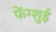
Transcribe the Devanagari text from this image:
फेंग्शुई